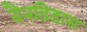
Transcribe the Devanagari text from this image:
बैनडिडास